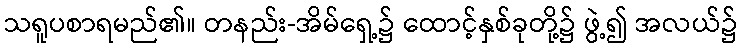
သရူပစာရမည်၏။ တနည်း-အိမ်ရှေ့၌ ထောင့်နှစ်ခုတို့၌ ဖွဲ့၍ အလယ်၌